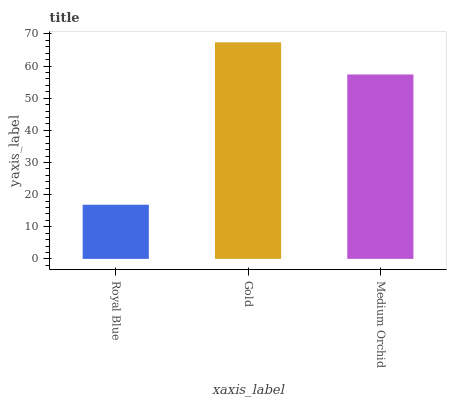
| xaxis_label | bars |
 | --- | --- |
 | Royal Blue | 16.8 |
 | Gold | 67.4 |
 | Medium Orchid | 57.4 |